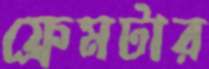
ফ্রেমটার